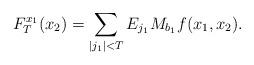
LaTeX: \begin{align*}F_T^{x_1}(x_2)=\sum_{|j_1|<T}E_{j_1}M_{b_1}f(x_1,x_2).\end{align*}